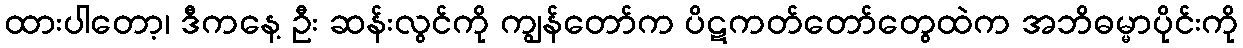
ထားပါတော့၊ ဒီကနေ့ ဦး ဆန်းလွင်ကို ကျွန်တော်က ပိဋကတ်တော်တွေထဲက အဘိဓမ္မာပိုင်းကို